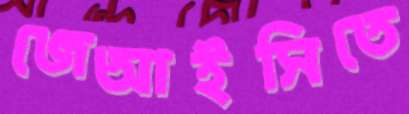
জেআইসিতে